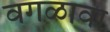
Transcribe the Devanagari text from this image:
वगळावा